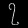
Digit: ၇